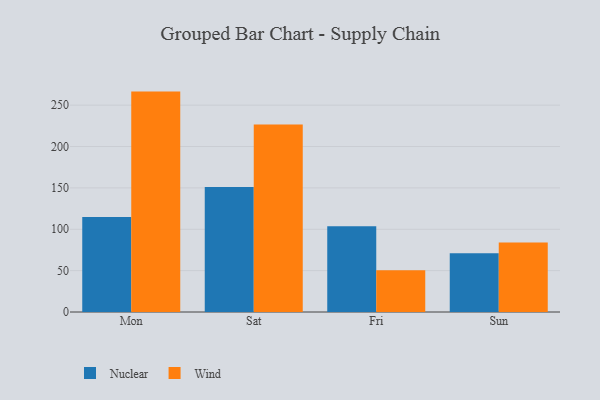
{"axis": {"x": "Day", "y": "Inventory Turnover"}, "legend": ["Nuclear", "Wind"], "data": [{"x": "Mon", "y": 114.7, "type": "Nuclear"}, {"x": "Mon", "y": 266.4, "type": "Wind"}, {"x": "Sat", "y": 151.1, "type": "Nuclear"}, {"x": "Sat", "y": 226.6, "type": "Wind"}, {"x": "Fri", "y": 103.5, "type": "Nuclear"}, {"x": "Fri", "y": 50.6, "type": "Wind"}, {"x": "Sun", "y": 71.1, "type": "Nuclear"}, {"x": "Sun", "y": 84.1, "type": "Wind"}]}